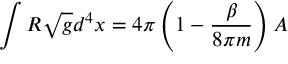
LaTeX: \int R \sqrt { g } d ^ { 4 } x = 4 \pi \left( 1 - { \frac { \beta } { 8 \pi m } } \right) A